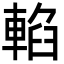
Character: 輡